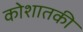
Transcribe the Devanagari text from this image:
कोशातकी